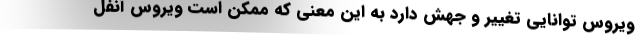
ویروس توانایی تغییر و جهش دارد به این معنی که ممکن است ویروس آنفل